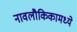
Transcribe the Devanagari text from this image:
नावलौकिकामध्ये